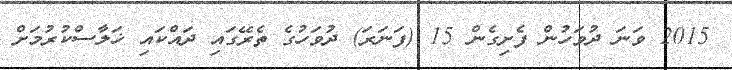
2015 ވަނަ ދުވަހުން ފެށިގެން 15 (ފަނަރަ) ދުވަހުގެ ތެރޭގައި ދައްކައި ޚަލާސްކުރުމަށް